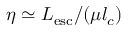
\eta \simeq L _ { \mathrm { e s c } } / ( \mu l _ { c } )